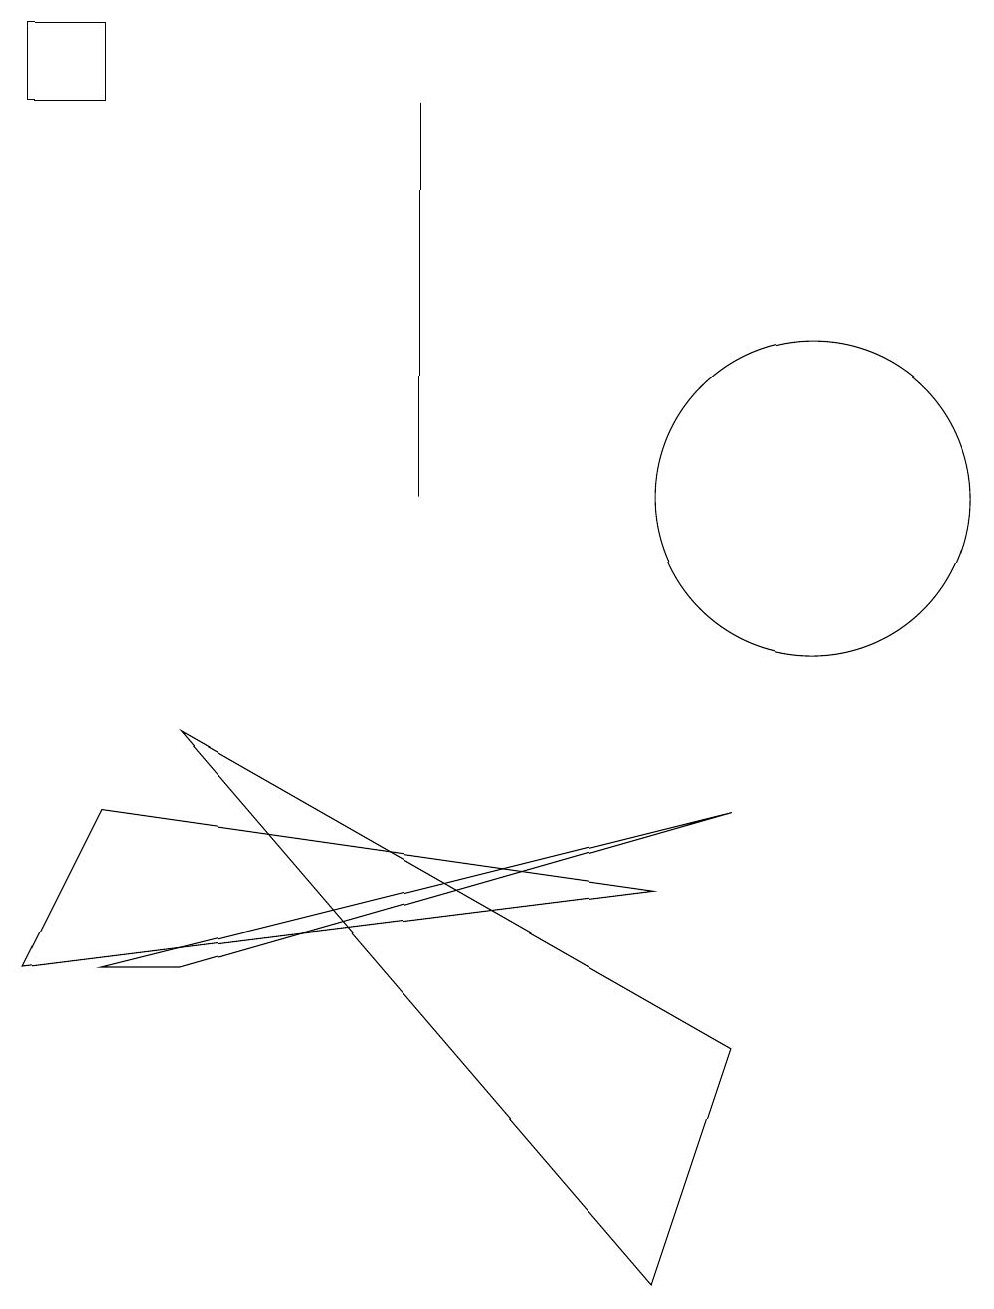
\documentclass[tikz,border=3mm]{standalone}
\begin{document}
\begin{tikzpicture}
\draw (9,6) -- (2,4) -- (1,4) -- cycle;
\draw (0,4) -- (8,5) -- (1,6) -- cycle;
\draw (0,16) rectangle (1,15);
\draw (5,15) rectangle (5,10);
\draw (10,10) circle (2);
\draw (2,7) -- (8,0) -- (9,3) -- cycle;
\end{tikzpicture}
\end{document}